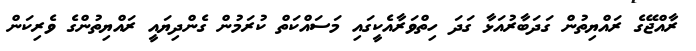
ރާއްޖޭގެ ރައްޔިތުން ގަދަބާރުއަޅާ ގަދަ ހިތްވަރާއެކީގައި މަސައްކަތް ކުރަމުން ގެންދިޔައީ ރައްޔިތުންގެ ވެރިކަން